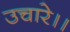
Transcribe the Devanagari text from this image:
उचारे।।